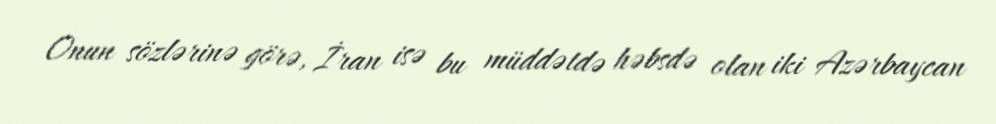
Onun sözlərinə görə, İran isə bu müddətdə həbsdə olan iki Azərbaycan